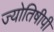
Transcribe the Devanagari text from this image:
ज्योतिषीपी